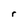
Character: r